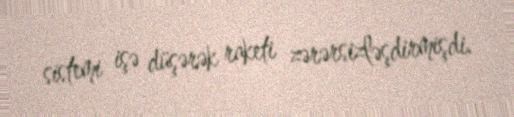
sistemi işə düşərək raketi zərərsizləşdirmişdi.